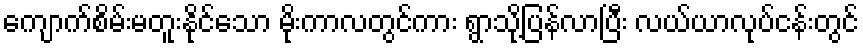
ကျောက်စိမ်းမတူးနိုင်သော မိုးကာလတွင်ကား ရွာသို့ပြန်လာပြီး လယ်ယာလုပ်ငန်းတွင်